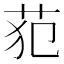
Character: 𰰰